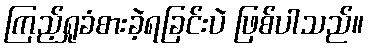
ကြည့်ရှုခံစားခဲ့ရခြင်းပဲ ဖြစ်ပါသည်။